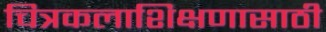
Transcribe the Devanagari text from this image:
चित्रकलाशिक्षणासाठी